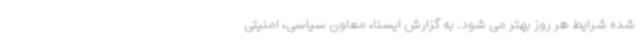
شده شرایط هر روز بهتر می شود. به گزارش ایسنا، معاون سیاسی، امنیتی